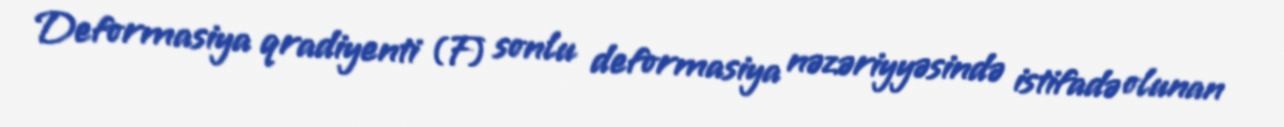
Deformasiya qradiyenti (F) sonlu deformasiya nəzəriyyəsində istifadə olunan